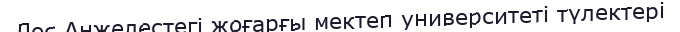
Лос Анжелестегі жоғарғы мектеп университеті түлектері